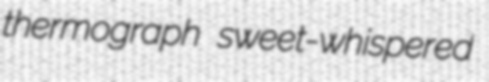
thermograph sweet-whispered